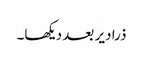
ذرا دیر بعد دیکھا۔